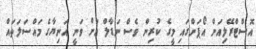
އޮސްޓްރޭލިއަން އޯޕަންގައި މީގެ ކުރިން ވެސް ނަޑާލް އަށް ވަނީ އަނިޔާގެ މައްސަލަތައް